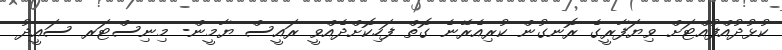
ކުޅުދުއްފުއްޓަށް ވިޔަފާރީގެ ރޮނގުން ކުރިއެރޭނެ ގޮތް ފަހިކޮށްދެއްވީ ރައީސް ޔާމީން- މިނިސްޓަރ ސައީދު